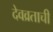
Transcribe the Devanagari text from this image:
देवव्रताची